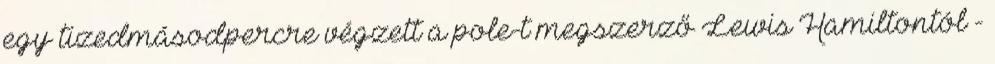
egy tizedmásodpercre végzett a pole-t megszerző Lewis Hamiltontól -